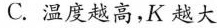
C.温度越高，K越大